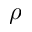
\rho